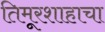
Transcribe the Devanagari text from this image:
तिमूरशाहाचा